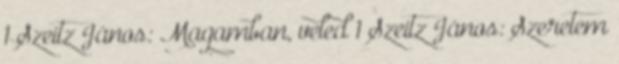
1 Szeitz János: Magamban, veled 1 Szeitz János: Szeretem